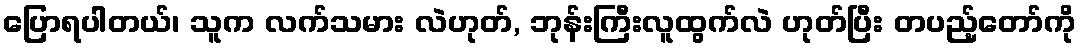
ပြောရပါတယ်၊ သူက လက်သမား လဲဟုတ်, ဘုန်းကြီးလူထွက်လဲ ဟုတ်ပြီး တပည့်တော်ကို